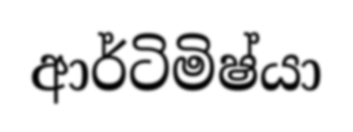
ආර්ටිමිෂ්යා